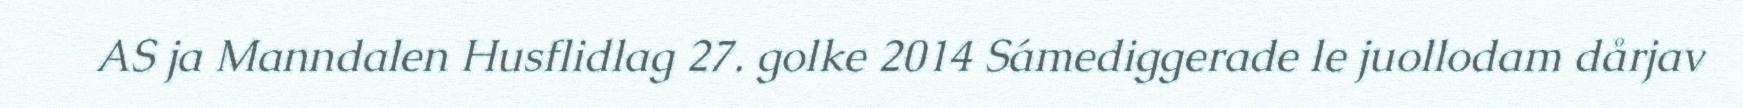
AS ja Manndalen Husflidlag 27. golke 2014 Sámediggerade le juollodam dårjav